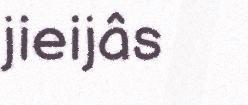
jieijâs